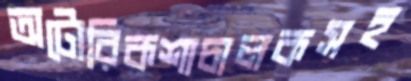
অটোরিকশাচালকসহ